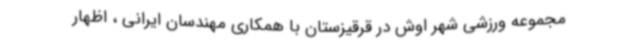
مجموعه ورزشی شهر اوش در قرقیزستان با همکاری مهندسان ایرانی ، اظهار